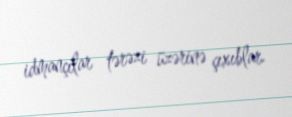
idmançılar tərəzi üzərinə çıxıblar.